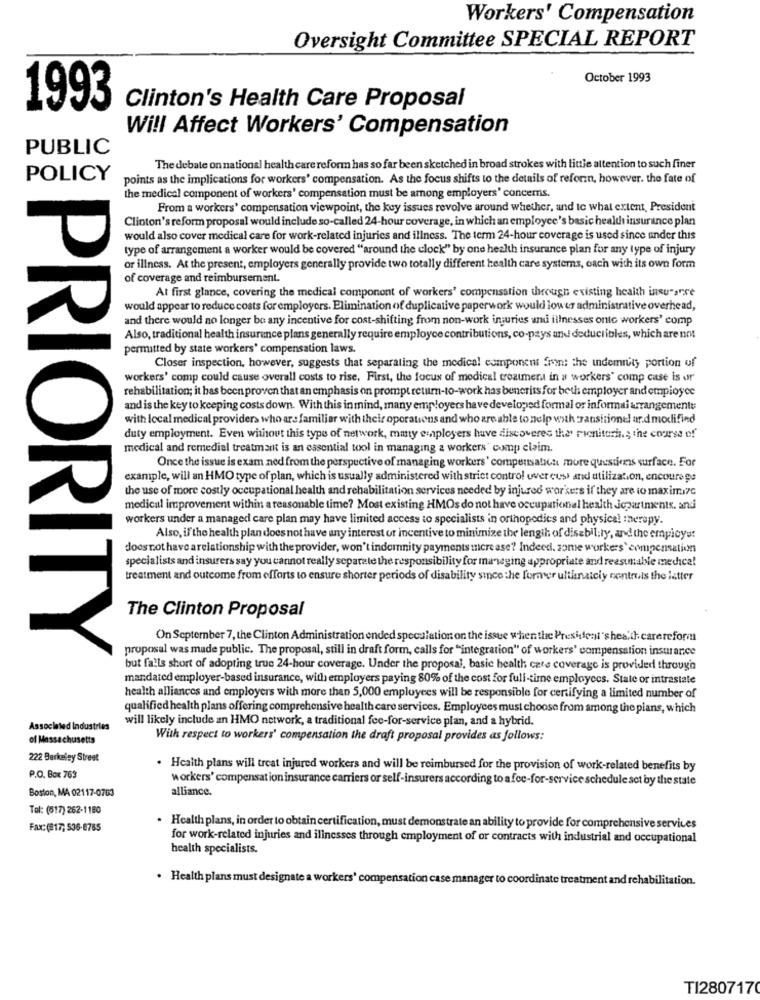
Workers' Compensation
Oversight Committee SPECIAL REPORT
October 1993
1993
Clinton's Health Care Proposal
Will Affect Workers' Compensation
PUBLIC
The debate on national health care reform has so far been sketched in broad strokes with little attention to such finer
POLICY
points as the implications for workers' compensation. As the focus shifts to the details of reformn, however. the fate of
the medical component of workers' compensation must be among employers' concerns.
From a workers' compensation viewpoint, the key issues revolve around whether, and te what extent, President
Clinton's reform proposal would include so-called 24-hour coverage, in which an employee's basic health insurance plan
would also cover medical care for work-related injuries and illness. The term 24-hour coverage is used since under this
type of arrangement a worker would be covered ""around the clock" by one health insurance plan for any type of injury
or illness. At the present, employers generally provide two totally different health care systems, each with its own form
of coverage and reimbursement.
At first glance, covering the medical component of workers' compensation through existing health insurance
would appear to reduce costs for employers. Elimination of duplicative paperwork would low er administrative overhead,
and there would no longer be any incentive for cost-shifting from non-work injuries und illnesses onte workers' comp
Also, traditional health insurance plans generally require employce contributions, co-pays and deducibles, which are not
permitted by state workers' compensation laws.
Closer inspection, however, suggests that separating the medical component Sent the indemity portion of
workers' comp could cause overall costs to rise, First, the focus of medical treatment in a workers' comp case is or
rehabilitation; it has been proven that an emphasis on prompt return-to-work has beneriss for both employer and employee
and is the key to keeping costs down. With this inmind, many employers have developed formal or informai arrangemente
with local medical providers who are familiar with their operations and who are able to help with Jansitionel and modified
duty employment. Even without this type of network, many employers have discovered the' rienittiri .; the course of
medical and remedial treatment is an essential tool in managing a workers' comp claim.
Once the issue is exam ned from the perspective of managing workers' compensatich more questions surface. For
example, will an HMO type of plan, which is usually administered with strict control over cuss and utilization, encourage
the use of more costly occupational health and rehabilitation services needed by injured workers if they are to maximize
medical improvement within a reasonable time? Most existing HMOs do not have occupational health jopartments. and
workers under a managed care plan may have limited access to specialists in orthopedics and physical therapy.
Also, if the health plan does not have any interest or incentive to minimize the length of disability, and the employs:
does not have arelationship with the provider, won't indemnity payments mere ase? Indeed, some workers' compensation
specialists and insurers say you cannot really separate the responsibility for managing appropriate and reesumable medica!
treatment and outcome from efforts to ensure shorter periods of disability since the former ultinaiciy centruis the latter
The Clinton Proposal
On September 7, the Clinton Administration ended speculation on the issue when the President's health carereform
PRIORITY
proposal was made public. The proposal, still in draft form, calls for "integration" of workers' compensation insurance
but falls short of adopting true 24-hour coverage. Under the proposal, basic health care coverage is provided through
mandated employer-based insurance, with employers paying 80% of the cost for full-time employees. Stale or intrastate
health alliances and employers with more than 5,000 employees will be responsible for certifying a limited number of
qualified health plans offering comprehensive health care services. Employees must choose from among the pians, which
will likely include an HMO network, a traditional fec-for-service plan, and a hybrid.
Associated Industries
of Massachusetts
With respect to workers' compensation the draft proposal provides as follows:
222 Berkeley Street
. Health plans will treat injured workers and will be reimbursed for the provision of work-related benefits by
P.O. Box 763
workers' compensation insurance carriers or self-insurers according to a foe-for-service schedule set by the state
Boston, MA 02117-0763
alliance.
Tel: (517) 262-1180
Fax: (817; 536-8765
· Health plans, in order to obtain certification, must demonstrate an ability to provide for comprehensive services
for work-related injuries and illnesses through employment of or contracts with industrial and occupational
health specialists.
. Health plans must designate a workers' compensation case manager to coordinate treatment and rehabilitation.
TI2807170